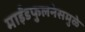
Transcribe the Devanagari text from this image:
माईंडफुलनेसमुळे